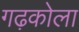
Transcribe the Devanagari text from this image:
गढ़कोला